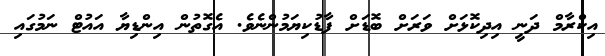
އިކްރާމް ދަނީ އިދިކޮޅަށް ވަރަށް ބޮޑަށް ފާޑުކިޔަމުންނެވެ. އެގޮތުން އިންޑިޔާ އައުޓް ނަމުގައި